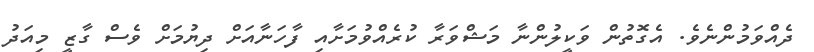
ދެއްވަމުންނެވެ. އެގޮތުން ވަކީލުންނާ މަޝްވަރާ ކުރެއްވުމަށާއި ފާހަނާއަށް ދިޔުމަށް ވެސް ގާޒީ މިއަދު